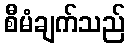
စီမံချက်သည်